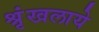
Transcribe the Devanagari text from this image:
श्रृंखलाये